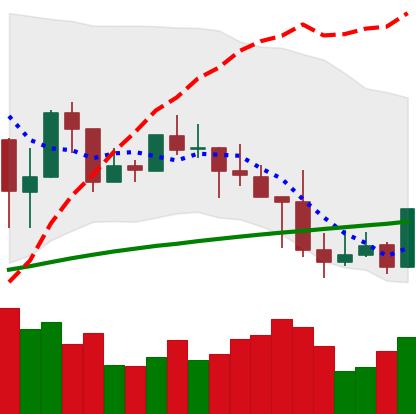
Ticker: LINK-USD
Chart end date: 2019-04-30
Forward return: 7.145%
Label: up_7plus